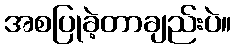
အစပြုခဲ့တာချည်းပဲ။